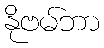
နိုဗမ်ဘာ